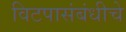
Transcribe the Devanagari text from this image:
विटपासंबंधीचे